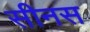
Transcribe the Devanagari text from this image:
सीनस